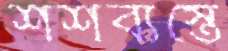
শশব্যস্তে